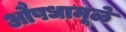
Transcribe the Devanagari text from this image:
औषधामूळे